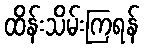
ထိန်းသိမ်းကြရန်